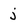
Character: j